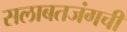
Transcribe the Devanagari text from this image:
सलाबतजंगची